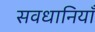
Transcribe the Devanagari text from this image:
सवधानियाँ